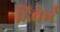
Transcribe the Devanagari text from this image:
डिकेर्ट